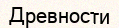
Древности